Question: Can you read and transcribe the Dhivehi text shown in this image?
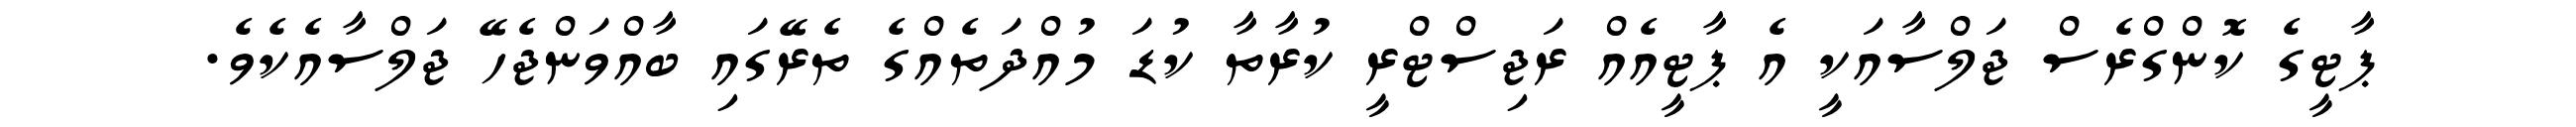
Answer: ޕާޓީގެ ކޮންގްރެސް ޖަލްސާއަކީ އެ ޕާޓީއެއް ރަޖިސްޓްރީ ކުރާތާ ކުޑަ މުއްދަތެއްގެ ތެރޭގައި ބާއްވަންޖެހޭ ޖަލްސާއެކެވެ.